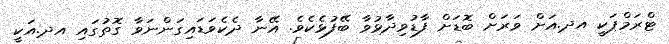
ޓްރަމްޕަކީ އދ.އަށް ވަރަށް ބޮޑަށް ފާޑުވިދާޅުވާ ބޭފުޅެކެވެ. އޭނާ ދެކެވަޑައިގަންނަވާ ގޮތުގައި އދ.އަކީ